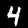
Label: 4